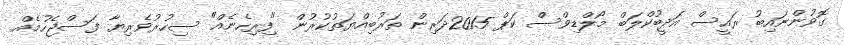
ގޮވުންނައިބު ރައީސް އަދީބުކްލަބް މޯލްޑިވްސް ކަޕް 2015ދަރިން ތަރުބިއްޔަތުކުރުން "ފިރިހެނެއް" ސިހުރުވެރިޔާ ފަސްޖެހުމެއް